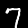
Digit: 7